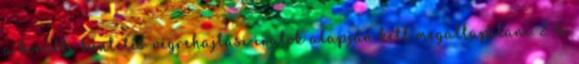
a korábbi büntetés-végrehajtási iratok alapján kell megállapítani. 2 A